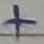
Text: +